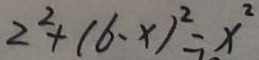
2 ^ { 2 } + ( 6 - x ) ^ { 2 } = x ^ { 2 }